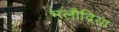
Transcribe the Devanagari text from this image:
मलौदिया